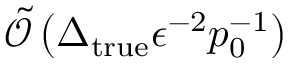
\tilde { \mathcal { O } } \left( \Delta _ { \mathrm { t r u e } } \epsilon ^ { - 2 } p _ { 0 } ^ { - 1 } \right)